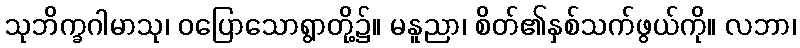
သုဘိက္ခဂါမာသု၊ ဝပြောသောရွာတို့၌။ မနူညာ၊ စိတ်၏နှစ်သက်ဖွယ်ကို။ လဘာ၊